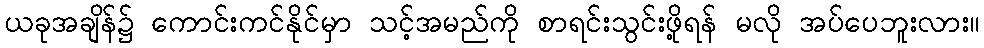
ယခုအချိန်၌ ကောင်းကင်နိုင်မှာ သင့်အမည်ကို စာရင်းသွင်းဖို့ရန် မလို အပ်ပေဘူးလား။